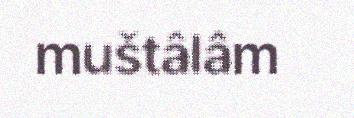
muštâlâm